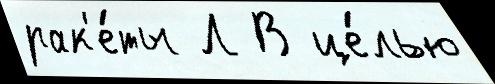
рак'е́ты Л В це́лью